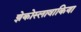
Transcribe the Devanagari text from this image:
झेकोस्लावाकिया